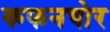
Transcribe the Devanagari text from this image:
कफनचोर